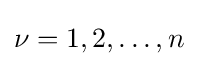
\nu =1,2,\ldots ,n